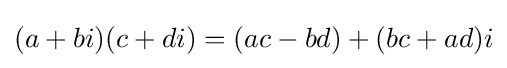
(a+bi)(c+di)=(ac-bd)+(bc+ad)i